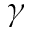
\gamma